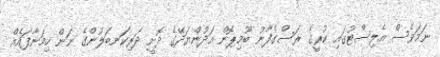
ނަމަވެސް އެލިސްޓުގައި ކުރީގެ ރަސްގެފާނު ބޫމިޕޮން އަދުންޔަދޭގެ ދޮށީ ދަރިކަނބަލުންގެ ނަން ހިމަނާފައެއް